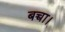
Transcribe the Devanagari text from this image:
बच्चा।